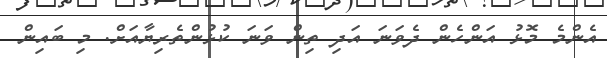
އެންމެ މޮޅު އަންހެން ދެވަނަ އަދި ތިން ވަނަ ކުޅުންތެރިޔާއަށް. މި ބައިން